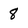
Character: 8